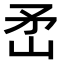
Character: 𬑭